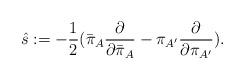
LaTeX: \begin{align*}{\hat s}: =-{1 \over 2}({\bar \pi}_{A}{\partial \over \partial {\bar \pi}_{A}}-\pi_{A^\prime}{\partial \over \partial \pi_{A^\prime}}).\end{align*}